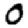
Digit: 0